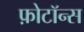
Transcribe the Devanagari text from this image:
फ़ोटॉन्स